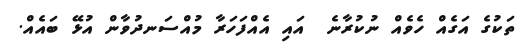
ތަކުގެ އަގެއް ހެވެއް ނުކުރާނެ  އައި އެއްފަހަރާ މުއްސަނދުވާން އުޅޭ ބައެއް.